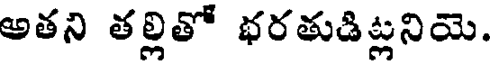
అతని తల్లితో భరతుడిట్లనియె.